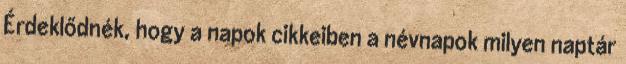
Érdeklődnék, hogy a napok cikkeiben a névnapok milyen naptár